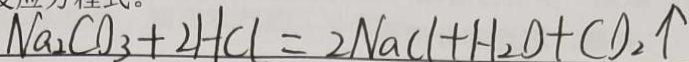
N a _ { 2 } C O _ { 3 } + 2 H C l = 2 N a C l + H _ { 2 } O + C O _ { 2 } \uparrow